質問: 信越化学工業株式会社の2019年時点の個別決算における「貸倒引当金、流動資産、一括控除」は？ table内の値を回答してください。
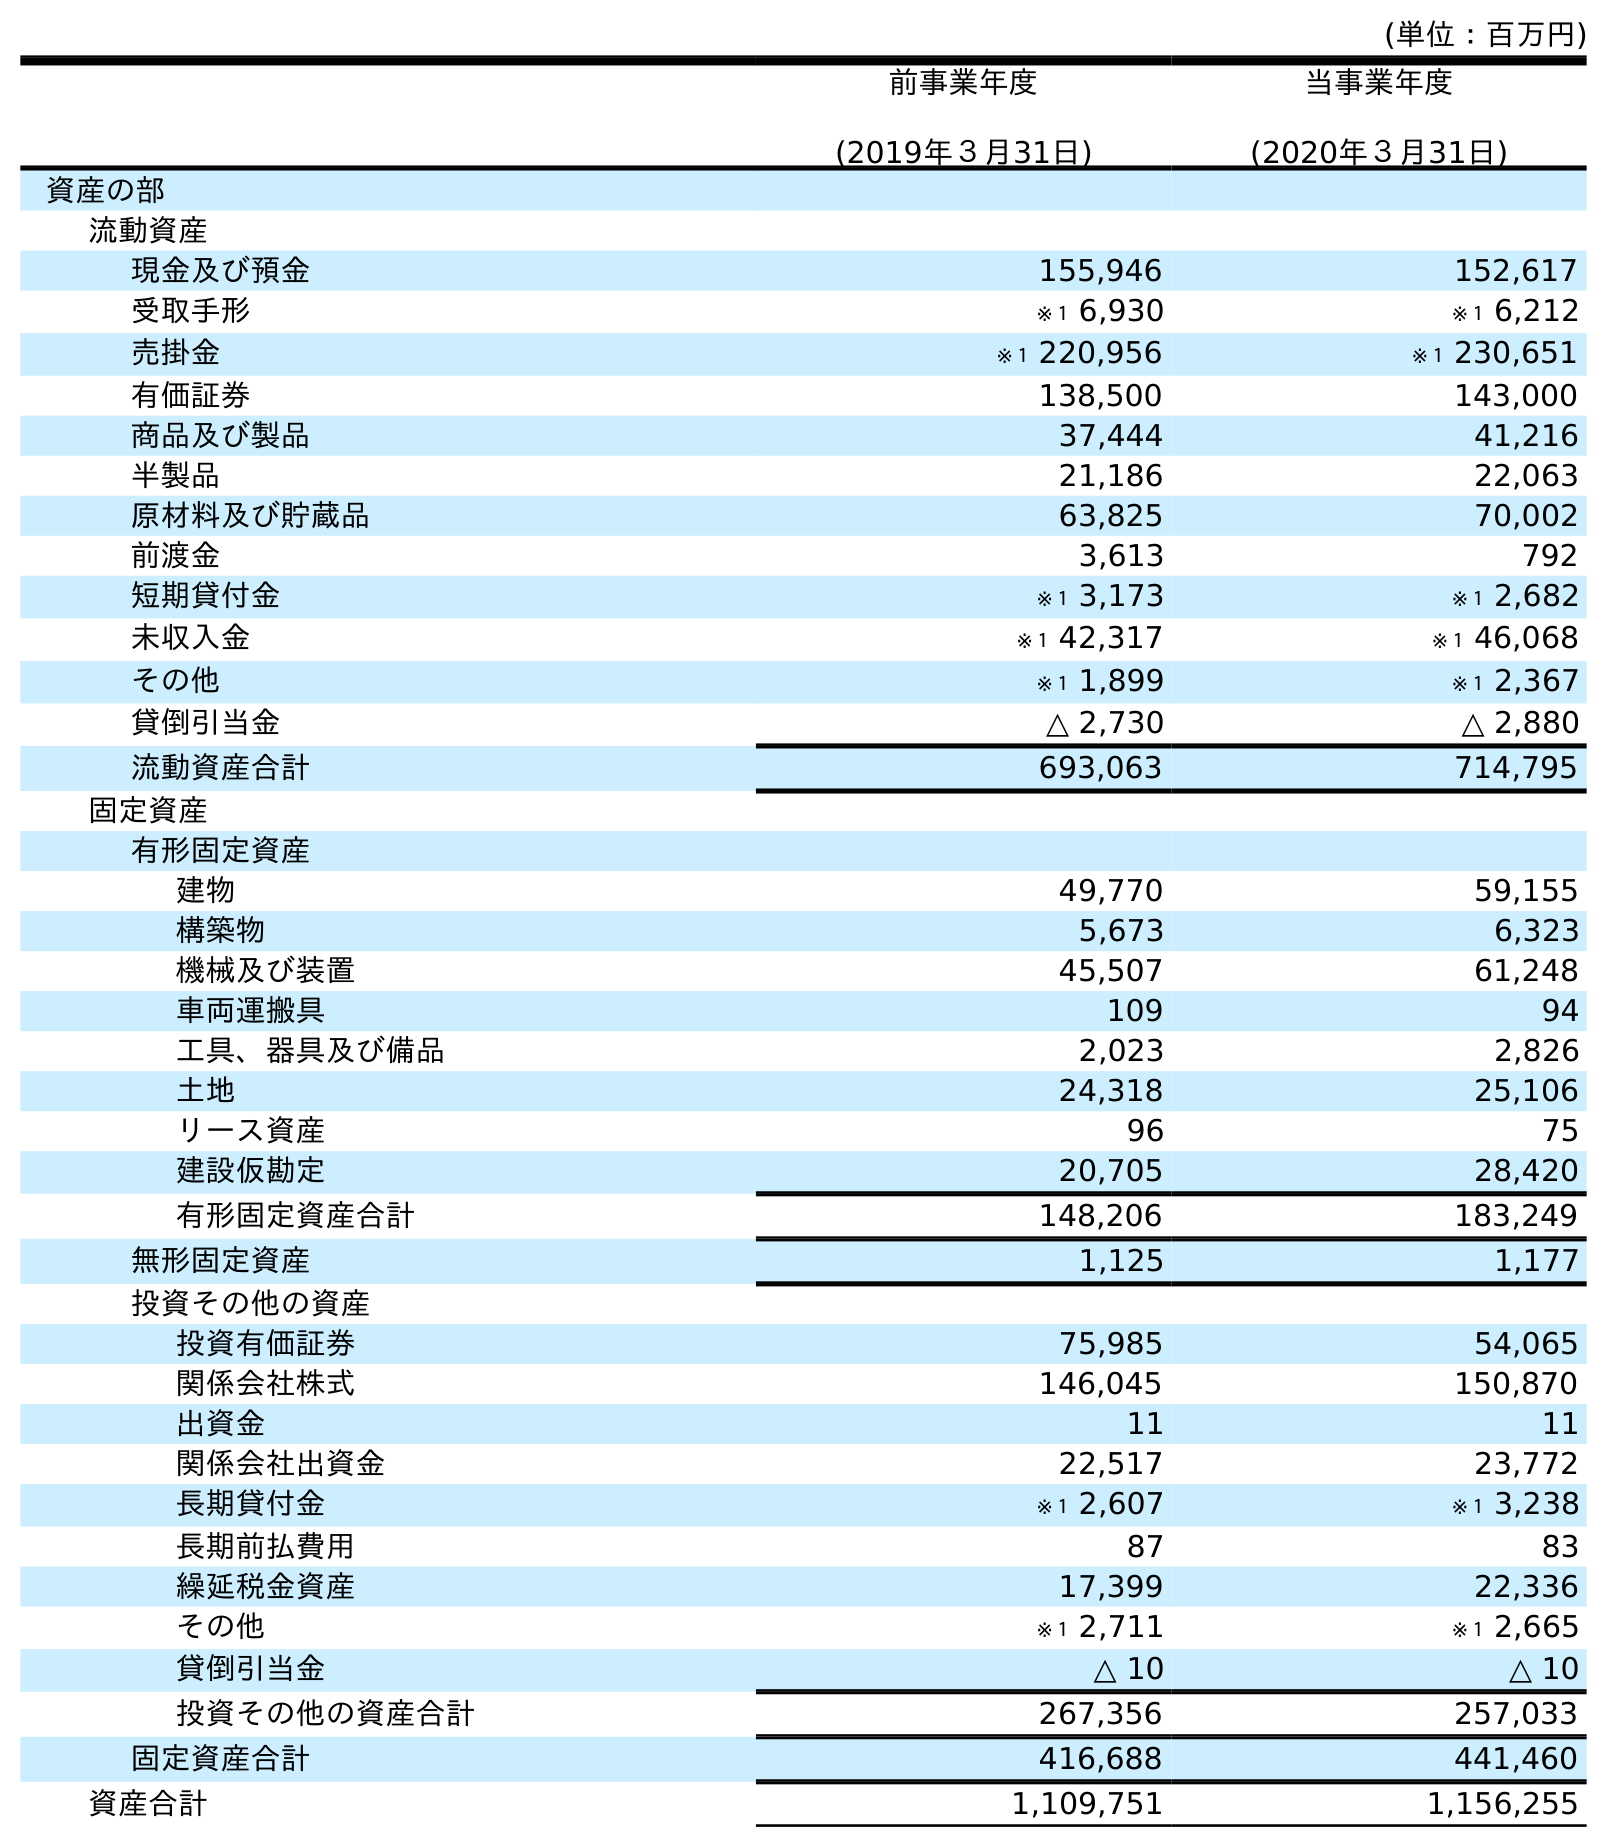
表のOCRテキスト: (単位：百万円) 前事業年度 (2019年３月31日) 当事業年度 (2020年３月31日) 資産の部 流動資産 現金及び預金 155,946 152,617 受取手形 ※１ 6,930 ※１ 6,212 売掛金 ※１ 220,956 ※１ 230,651 有価証券 138,500 143,000 商品及び製品 37,444 41,216 半製品 21,186 22,063 原材料及び貯蔵品 63,825 70,002 前渡金 3,613 792 短期貸付金 ※１ 3,173 ※１ 2,682 未収入金 ※１ 42,317 ※１ 46,068 その他 ※１ 1,899 ※１ 2,367 貸倒引当金 △ 2,730 △ 2,880 流動資産合計 693,063 714,795 固定資産 有形固定資産 建物 49,770 59,155 構築物 5,673 6,323 機械及び装置 45,507 61,248 車両運搬具 109 94 工具、器具及び備品 2,023 2,826 土地 24,318 25,106 リース資産 96 75 建設仮勘定 20,705 28,420 有形固定資産合計 148,206 183,249 無形固定資産 1,125 1,177 投資その他の資産 投資有価証券 75,985 54,065 関係会社株式 146,045 150,870 出資金 11 11 関係会社出資金 22,517 23,772 長期貸付金 ※１ 2,607 ※１ 3,238 長期前払費用 87 83 繰延税金資産 17,399 22,336 その他 ※１ 2,711 ※１ 2,665 貸倒引当金 △ 10 △ 10 投資その他の資産合計 267,356 257,033 固定資産合計 416,688 441,460 資産合計 1,109,751 1,156,255
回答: △2,730